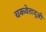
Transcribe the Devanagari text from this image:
चकवेताद्ज़ी